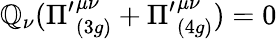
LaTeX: \mathbb{Q}_{\nu}({\Pi^{\prime}}_{(3g)}^{\mu\nu}+{\Pi^{\prime}}_{(4g)}^{\mu\nu})=0